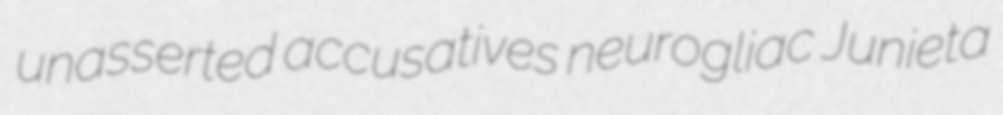
unasserted accusatives neurogliac Junieta